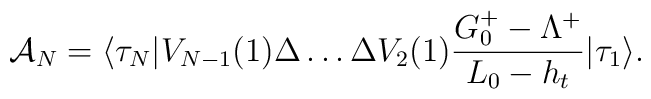
{\cal A}_N=\langle	\tau_N|V_{N-1}(1)\Delta\ldots\Delta V_2(1)	{G^+_0-\Lambda^+\over L_0-h_t}|\tau_1\rangle .